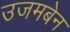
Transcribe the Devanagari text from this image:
उजमबेन